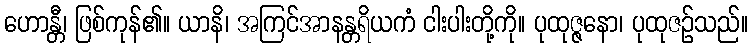
ဟောန္တီ၊ ဖြစ်ကုန်၏။ ယာနိ၊ အကြင်အာနန္တရိယကံ ငါးပါးတို့ကို။ ပုထုဇ္ဇနော၊ ပုထုဇဉ်သည်။